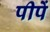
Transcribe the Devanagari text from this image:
पीपें